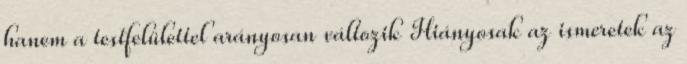
hanem a testfelülettel arányosan változik Hiányosak az ismeretek az